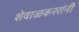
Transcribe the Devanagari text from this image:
शेवाळकररांनी